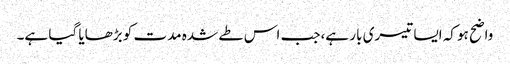
واضح ہو کہ ایسا تیسری بار ہے،جب اس طے شدہ مدت کو بڑھایا گیا ہے۔